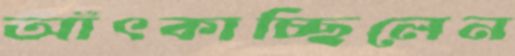
আঁৎকাচ্ছিলেন